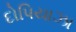
દોપિયાઝા